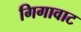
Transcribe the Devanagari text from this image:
गिगावाट